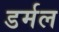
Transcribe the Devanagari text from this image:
डर्मल